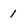
Character: 1